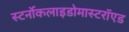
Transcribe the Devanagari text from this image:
स्टर्नोकलाइडोमास्टरॉएड